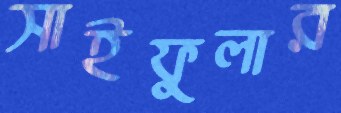
সাইফুলার